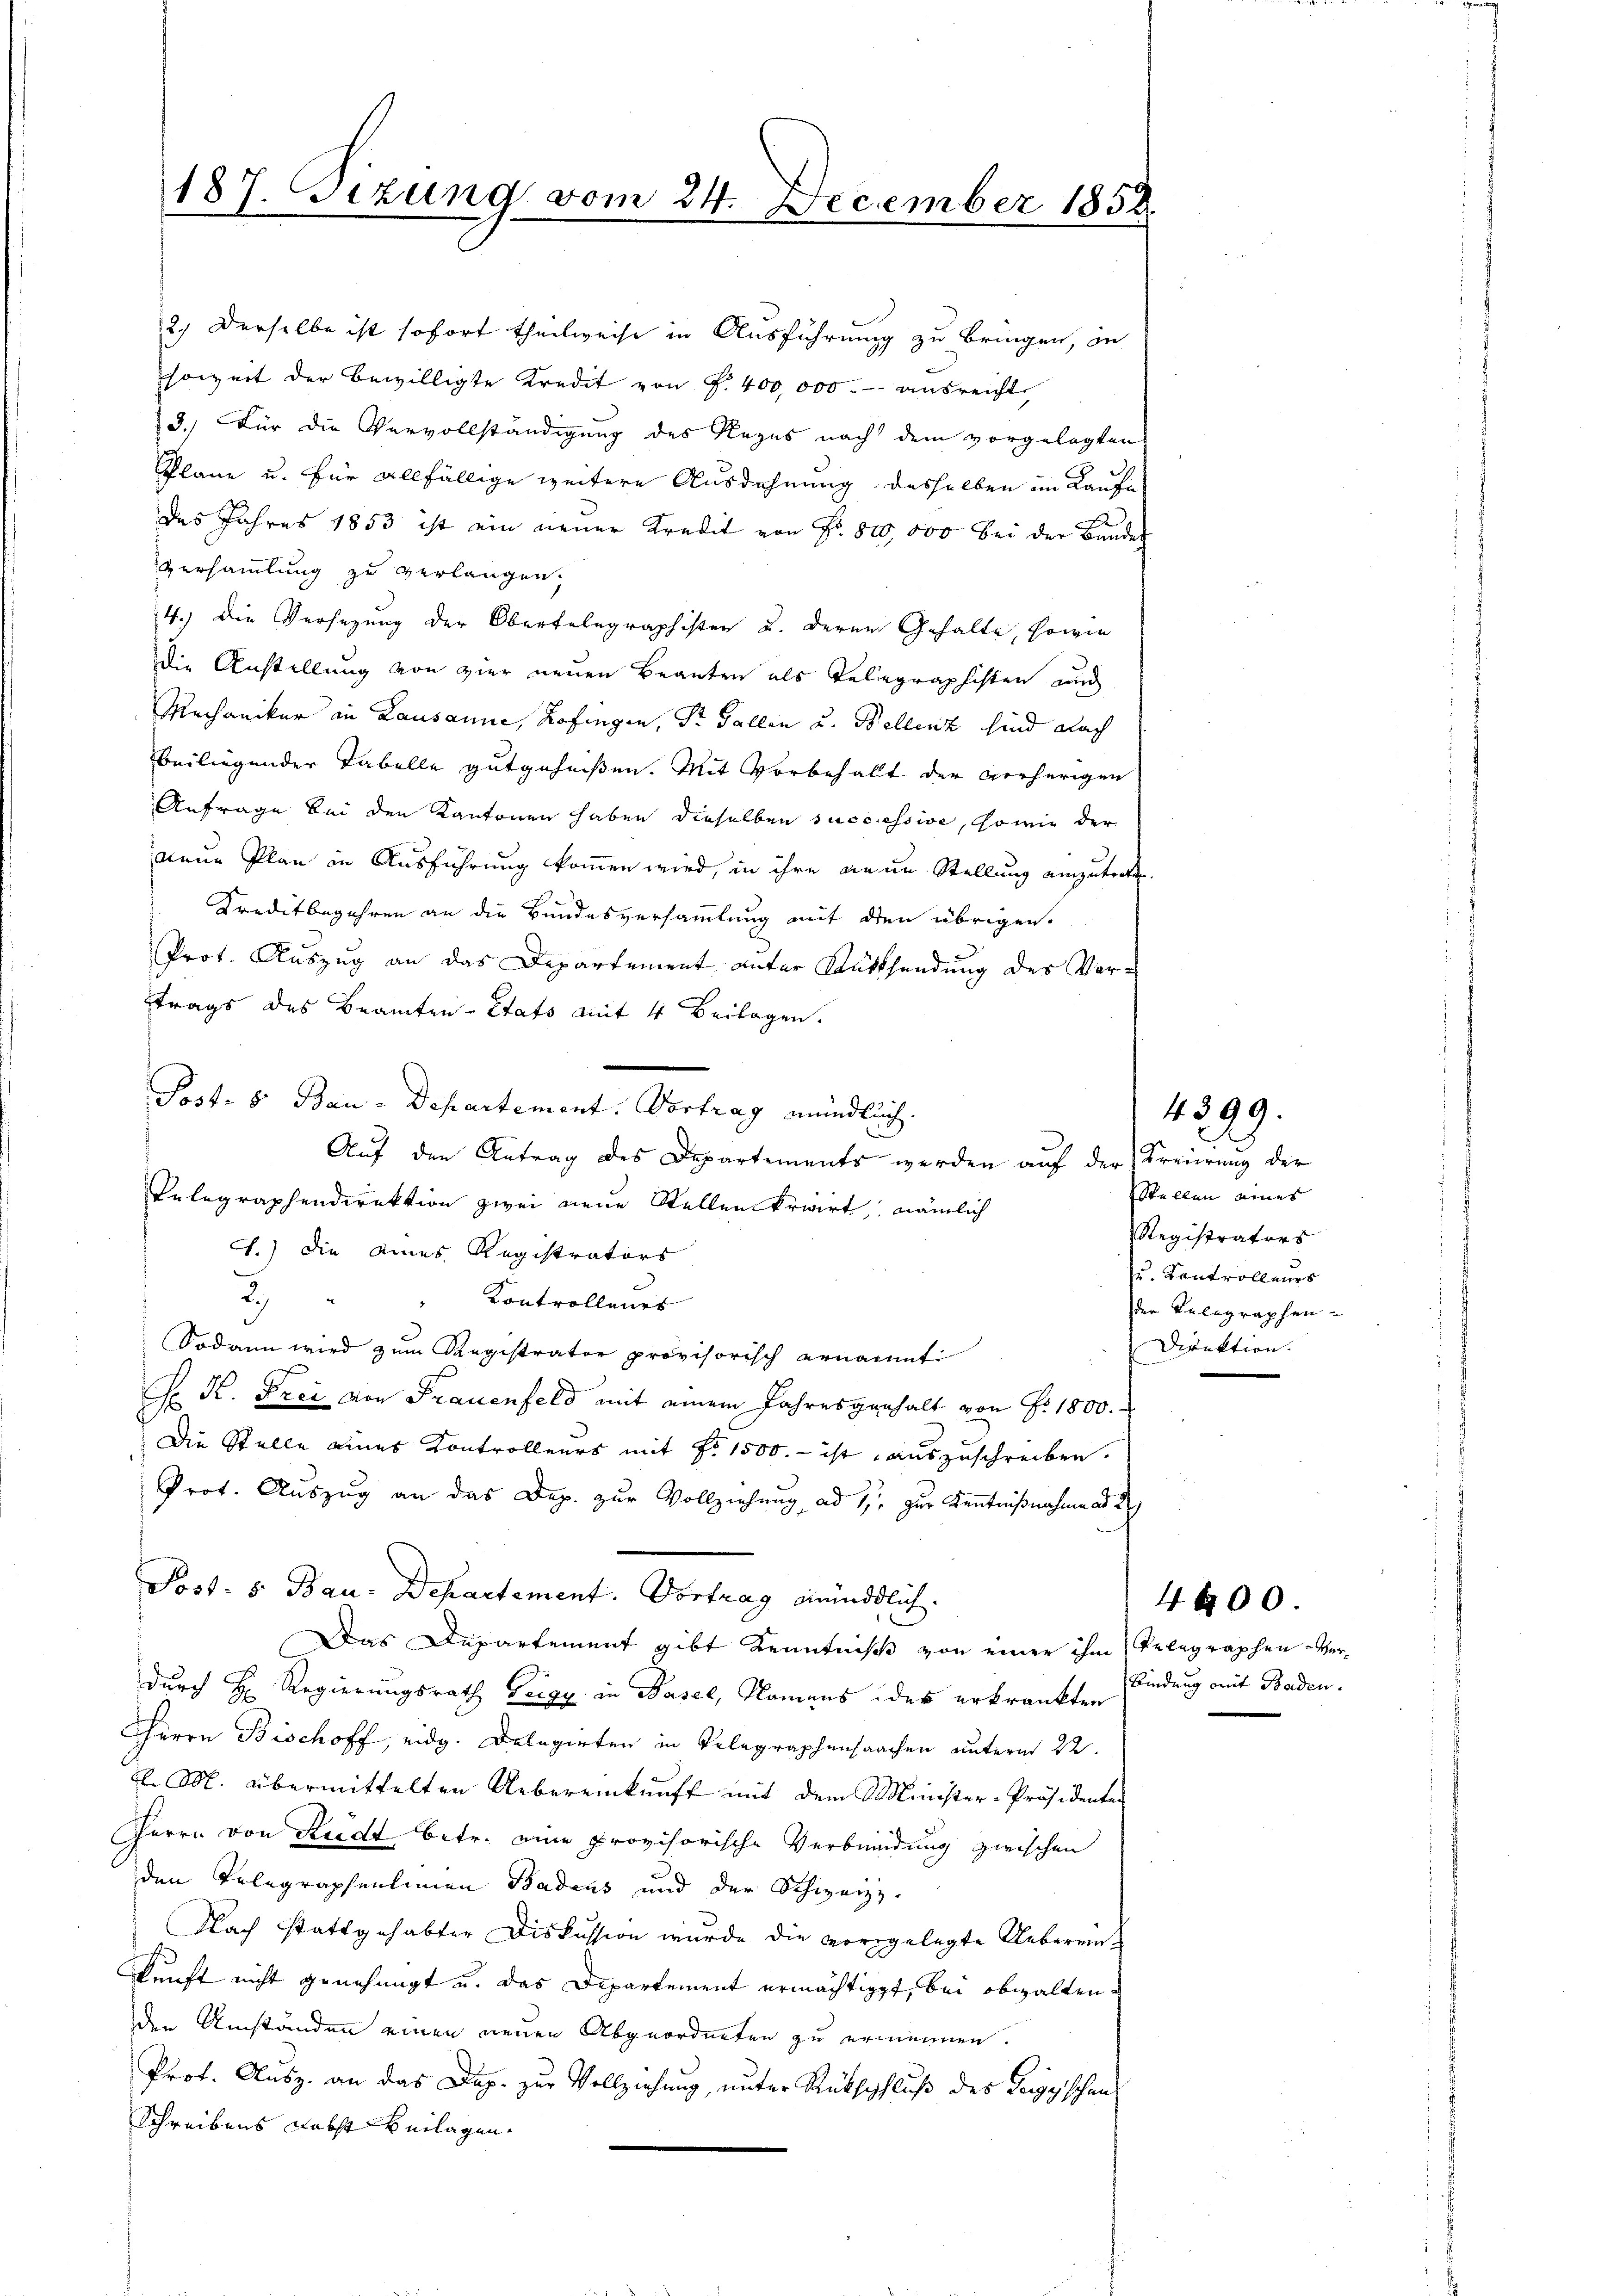
187. Sezung vom 24. December 185.

12. Derselbe ist sofort theilweise in Ausführung zu bringen, in
soweit der bewilligte Kredit von P. 400,000.- ausreicht
3.) Für die Vervollständigung des Ragus nach dem vorgelegten
Pläne u. für allfällige weitere Ausdehnung desselben im Laufe
das Jahres 1853 ist ein neuer Kredit von Fr. 800,000 bei der Bunder
Versammlung zu verlangen,
4.) Die Versezung der Oberfelegraphisten u. deren Gehalte, sowie
die Anstellung von vier neuen Branten als Telegraphisten und
Mechaniker in Lausanne, Zofingen, Dr. Gallen u. Kellenz sind nach
beiliegender Tabelle gutgeheißen. Mit Vorbehalt der vorherigen
Anfrage bei den Kantonen haben dieselben successive, sowie der
neue Plan in Ausführung kommen wird, in ihre an an Stellung einzutretten.
Kreditbegehren an die Bundesversammlung mit den übrigen.
Prot. Auszug an das Departement unter Rücksendung des Vertrags des Beamten-Etats mit 4 Beilagen.
Post. 8 Bau-Departement. Vortrag mündlich.
Auf den Antrag des Departements werden auf der Kreierung der
Telegraphendirektion zwei neue Stellen Erwirt, nämlich
1.) Die eines Registrators
3
Kontrollenes
Sodann wird zum Registrator provisorisch ernannt
J. K. Frei von Frauenfeld mit einem Jahresgenhalt von P. 1800.
Die Stelle eines Kontrolleurs mit Fr. 1500.- ist auszuschreiben.
Prot. Auszug an das Dep. zur Vollziehung ad 1., zur Kenntnißnahme ad 2
Post. 5. Bau-Departement. Vortrag mündlich.
Das Departement gibt Kenntniß von einer ihm Telegraphen- Verdurch H. Regierungsrath Teigy in Basel, Namens des erkränkten
Herrn Bischoff, eidg. Delegirten in Telegraphensachen unterm 22.
d. M. übermittelten Uebereinkunft mit dem Minister-Präsidenten
Herrn von Riedt betr. eine provisorische Verbindung zwischen
den Telegraphenlinen Badens und der Schweiz.
Nach stattgehabter Diskussion wurde die vorgelegte Uebereinkunft nicht genehmigt u. das Departement ermächtigt, bei obwaltenden Umständen einen neuen Abgeordneten zu ernennen.
Prot. Ausz. an das Dap. zur Vollziehung, unter Rückschluß des Teig schen
Schreibens nebst Heilagen.

Stellen eines
Registrators
zu. Kontrolleurs
der Klegraphen-
Direktion.

4399.

Bindung mit Baden.

4600.